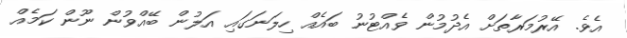
އެވެ. އޭރުމަރާތަށް އެދުމުން ވެއްޓުނު ބައެއް ހިލަނަގައި އަލުން ބޭއްވުން ނޫން ކަމެއް